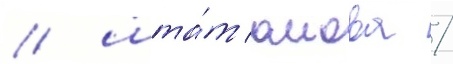
/ шта́т аиова /